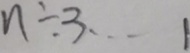
n \div 3 \cdots 1